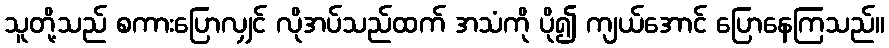
သူတို့သည် စကားပြောလျှင် လိုအပ်သည်ထက် အသံကို ပို၍ ကျယ်အောင် ပြောနေကြသည်။